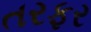
તરફર